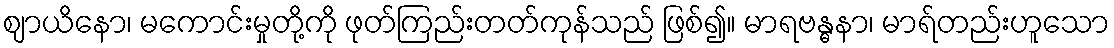
ဈာယိနော၊ မကောင်းမှုတို့ကို ဖုတ်ကြည်းတတ်ကုန်သည် ဖြစ်၍။ မာရဗန္ဓနာ၊ မာရ်တည်းဟူသော